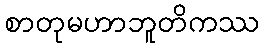
စာတုမဟာဘူတိကဿ